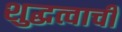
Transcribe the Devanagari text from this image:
शुद्धत्वाची